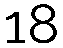
18